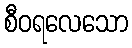
စီဝရလေသော